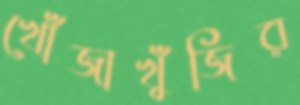
খোঁজাখুঁজির